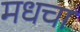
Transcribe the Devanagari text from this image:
मधचा